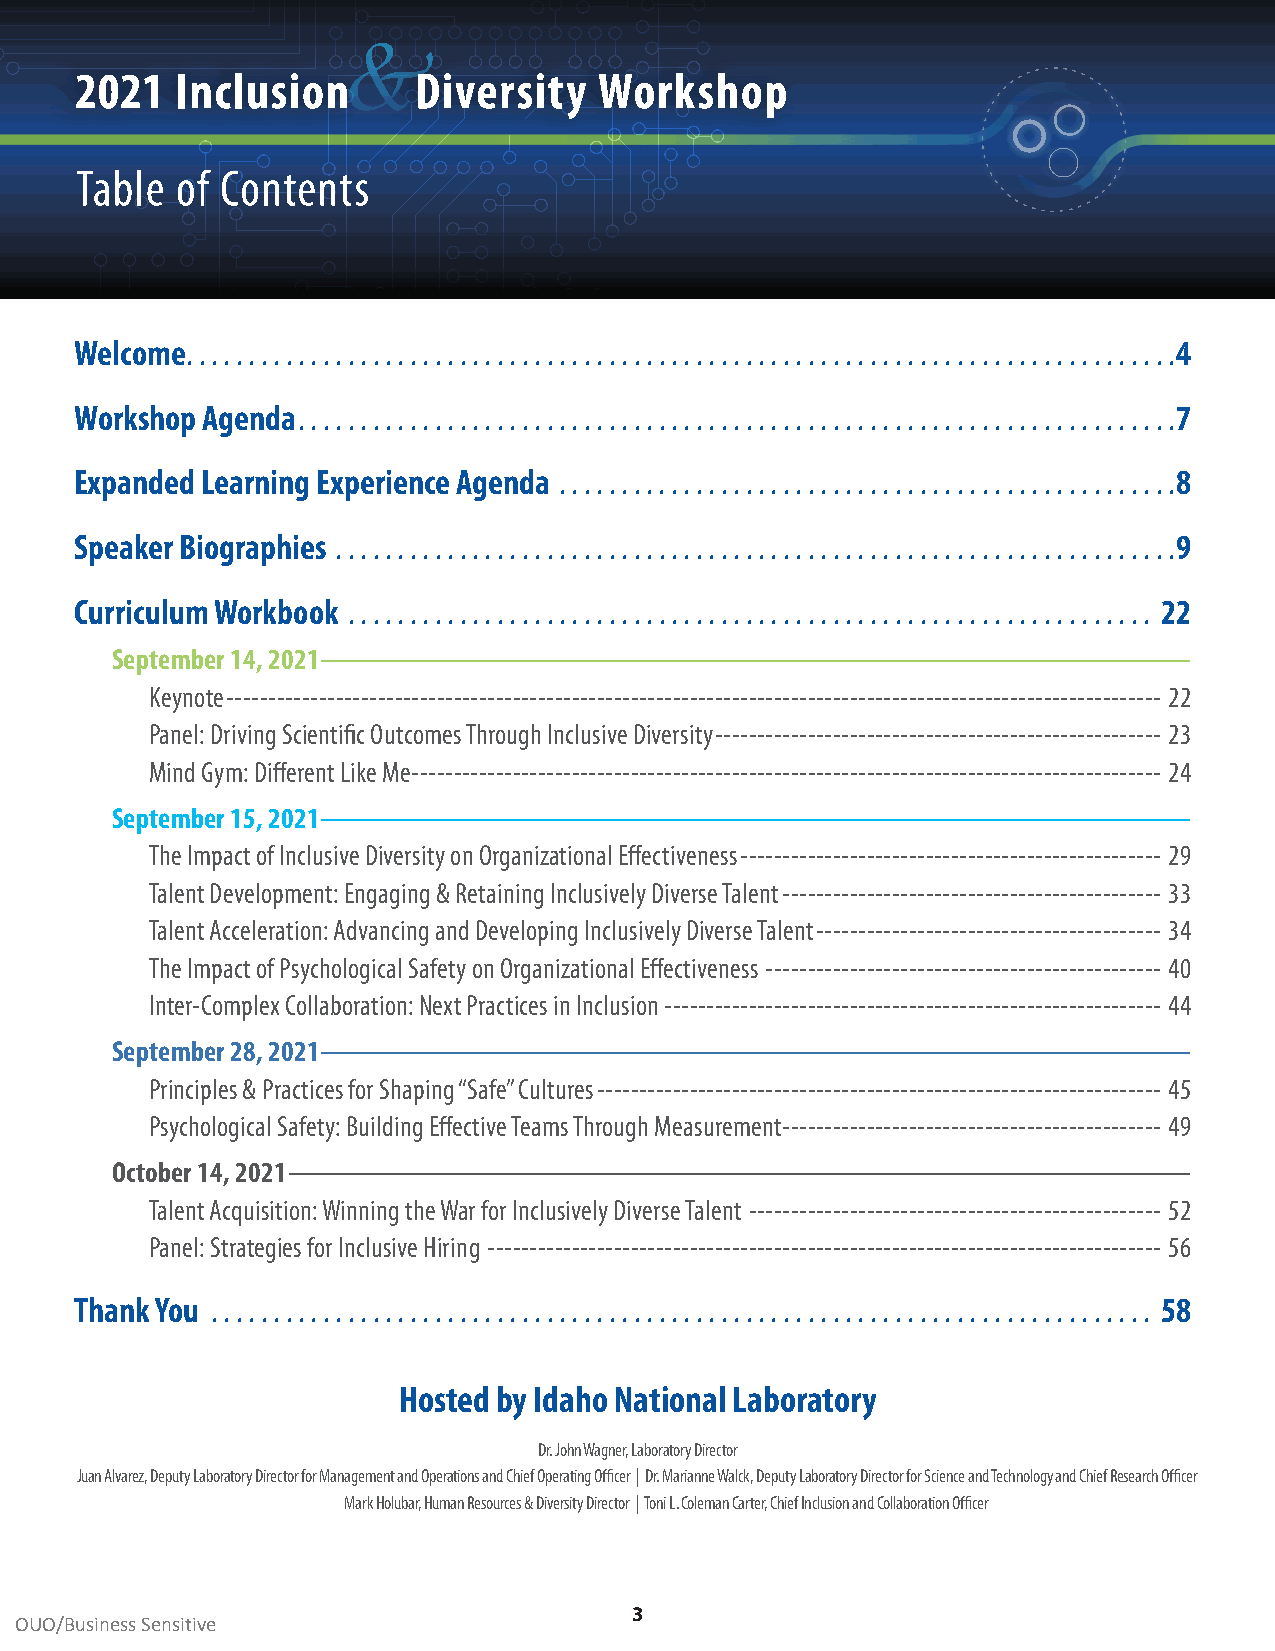
&
 2021   Inclusion      Diversity    Workshop
 Table  of Contents
 Welcome  . . . . . . . . . . . . . . . . . . . . . . . . . . . . . . . . . . . . . . . . . . . . . . . . . . . . . . . . . . . . . . . . . . . . . . . . . . . . . . . .4
 Workshop Agenda  . . . . . . . . . . . . . . . . . . . . . . . . . . . . . . . . . . . . . . . . . . . . . . . . . . . . . . . . . . . . . . . . . . . . . . .7
 Expanded Learning Experience Agenda  . . . . . . . . . . . . . . . . . . . . . . . . . . . . . . . . . . . . . . . . . . . . . . . . . .8
 Speaker Biographies  . . . . . . . . . . . . . . . . . . . . . . . . . . . . . . . . . . . . . . . . . . . . . . . . . . . . . . . . . . . . . . . . . . . .9
 Curriculum Workbook  . . . . . . . . . . . . . . . . . . . . . . . . . . . . . . . . . . . . . . . . . . . . . . . . . . . . . . . . . . . . . . . . . 22
 September 14, 2021 -------------------------------------------------------------------------------------------------------------------------------------------------------------------------------------------
 Keynote --------------------------------------------------------------------------------------------------------------- 22
 Panel: Driving Scientific Outcomes Through Inclusive Diversity ----------------------------------------------------- 23
 Mind Gym: Different Like Me ----------------------------------------------------------------------------------------- 24
 September 15, 2021 -------------------------------------------------------------------------------------------------------------------------------------------------------------------------------------------
 The Impact of Inclusive Diversity on Organizational Effectiveness -------------------------------------------------- 29
 Talent Development: Engaging & Retaining Inclusively Diverse Talent --------------------------------------------- 33
 Talent Acceleration: Advancing and Developing Inclusively Diverse Talent ----------------------------------------- 34
 The Impact of Psychological Safety on Organizational Effectiveness ----------------------------------------------- 40
 Inter-Complex Collaboration: Next Practices in Inclusion ----------------------------------------------------------- 44
 September 28, 2021 -------------------------------------------------------------------------------------------------------------------------------------------------------------------------------------------
 Principles & Practices for Shaping “Safe” Cultures ------------------------------------------------------------------- 45
 Psychological Safety: Building Effective Teams Through Measurement --------------------------------------------- 49
 October 14, 2021 --------------------------------------------------------------------------------------------------------------------------------------------------------------------------------------------------
 Talent Acquisition: Winning the War for Inclusively Diverse Talent ------------------------------------------------- 52
 Panel: Strategies for Inclusive Hiring -------------------------------------------------------------------------------- 56
 Thank You  . . . . . . . . . . . . . . . . . . . . . . . . . . . . . . . . . . . . . . . . . . . . . . . . . . . . . . . . . . . . . . . . . . . . . . . . . . . . 58
 Hosted by Idaho National Laboratory
 Dr . John Wagner, Laboratory Director
 Juan Alvarez, Deputy Laboratory Director for Management and Operations and Chief Operating Officer | Dr . Marianne Walck, Deputy Laboratory Director for Science and Technology and Chief Research Officer
 Mark Holubar, Human Resources & Diversity Director | Toni L . Coleman Carter, Chief Inclusion and Collaboration Officer
 3
 OUO/Business Sensitive